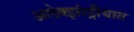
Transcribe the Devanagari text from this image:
अलेक्झांड्रीयात